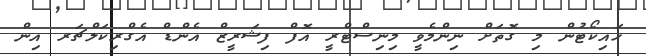
ހައިކޯޓުން މި ގޮތަށް ނިންމެވީ މިނިސްޓްރީ އޮފް ފިޝަރީޒް އެންޑް އެގްރިކަލްޗަރ އިން